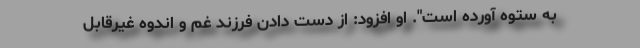
به ستوه آورده است". او افزود: از دست دادن فرزند غم و اندوه غیرقابل